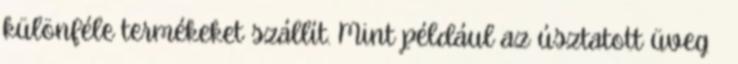
különféle termékeket szállít. Mint például az úsztatott üveg